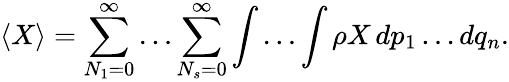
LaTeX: \langle X\rangle=\sum_{N_{1}=0}^{\infty}\ldots\sum_{N_{s}=0}^{\infty}\int\ldots\int\rho X\, dp_{1}\ldots dq_{n}.